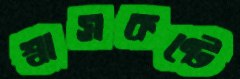
শ্বাসকষ্টে